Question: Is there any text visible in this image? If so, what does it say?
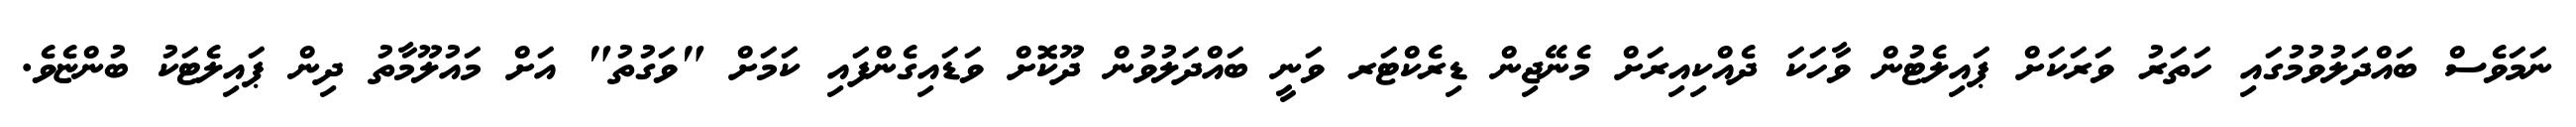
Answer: ނަމަވެސް ބައްދަލުވުމުގައި ހަތަރު ވަރަކަށް ޕައިލެޓުން ވާހަކަ ދެއްކިއިރަށް މެނޭޖިން ޑިރެކްޓަރ ވަނީ ބައްދަލުވުން ދޫކޮށް ވަޑައިގެންފައި ކަމަށް "ވަގުތު" އަށް މައުލޫމާތު ދިން ޕައިލެޓަކު ބުންޏެވެ.